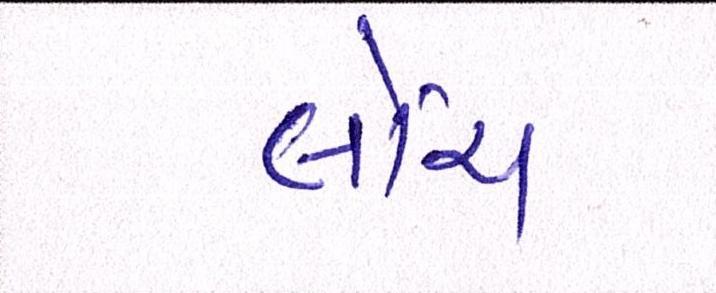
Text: લોંચ